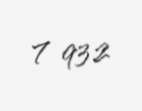
7 932